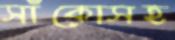
সাঁকোসহ